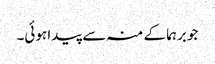
جو برہما کے منہ سے پیدا ہوئی۔